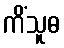
ကိံသူဓ